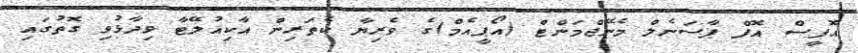
އޮފީސް އޮފް ޕާސަނެލް މެނޭޖްމަންޓް (އޯޕީއެމް)ގެ ވެރިޔާ ކެތަރިން އާކިއުލޭޓާ ވިދާޅުވި ގޮތުގައި